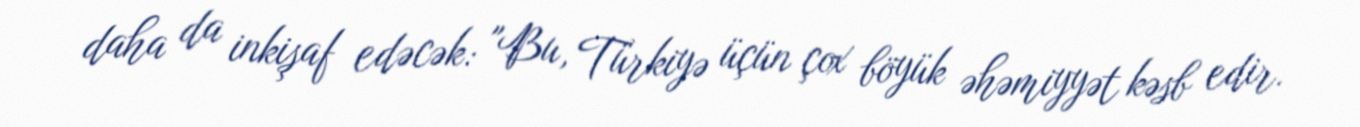
daha da inkişaf edəcək: "Bu, Türkiyə üçün çox böyük əhəmiyyət kəsb edir.